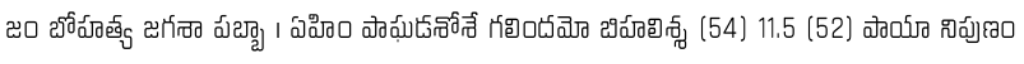
జం బోహత్య జగశా పబ్బా । ఏహిం పాఘడశోశే గలిందమో బిహలిశ్శ (54) 11.5 (52) పాయా నిపుణం